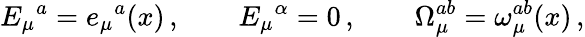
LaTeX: E_{\mu}{}^{a}=e_{\mu}{}^{a}(x)\, ,\qquad E_{\mu}{}^{\alpha}=0\, ,\qquad\Omega_{\mu}^{ab}=\omega_{\mu}^{ab}(x)\, ,